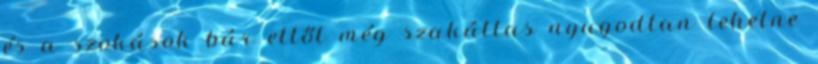
és a szokások bár ettől még szakállas nyugodtan lehetne